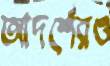
আদর্শেরও